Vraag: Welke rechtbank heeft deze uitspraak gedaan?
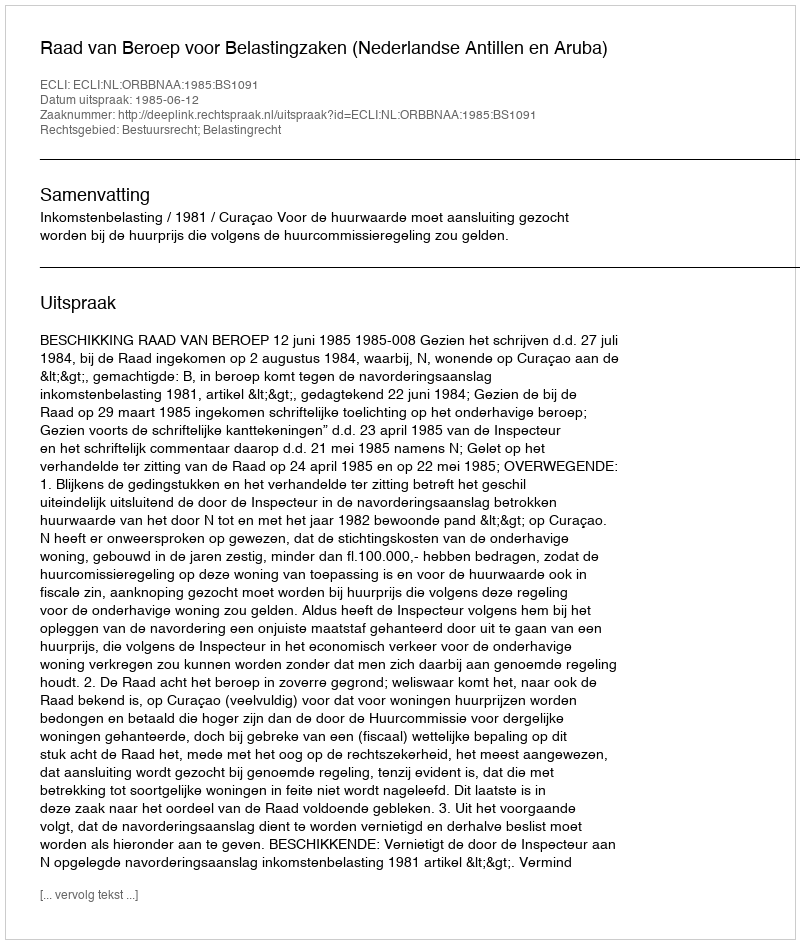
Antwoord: Raad van Beroep voor Belastingzaken (Nederlandse Antillen en Aruba)